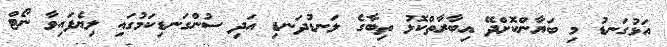
އަޅުގަނޑު މި ބަޔާންކޮށްދޭ އިބާރާތްކޮޅު ތިބާގެ ލަނޑުދަނޑި އަދި ސުންގަނޑިކަމުގައި ލިޔެފައިވާ ނޯޓް